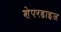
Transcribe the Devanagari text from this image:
शेपरडाइज